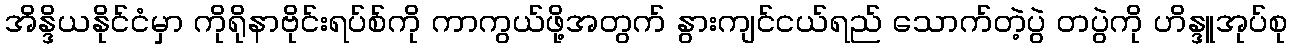
အိန္ဒိယနိုင်ငံမှာ ကိုရိုနာဗိုင်းရပ်စ်ကို ကာကွယ်ဖို့အတွက် နွားကျင်ငယ်ရည် သောက်တဲ့ပွဲ တပွဲကို ဟိန္ဒူအုပ်စု